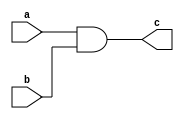
module and1(a,b,c);
  input a,b;
  output c;

  reg c;
  always@(a,b)
  begin
    c =a&b;
  end  
 endmodule